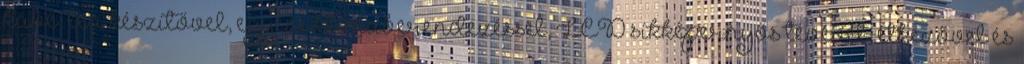
kávé tea készítővel, egyéni klímaberendezéssel, LCD síkképernyős tévével, étkezővel és